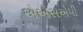
એએસએપી